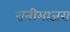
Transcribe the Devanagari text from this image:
रानीमाजरा